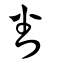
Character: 番